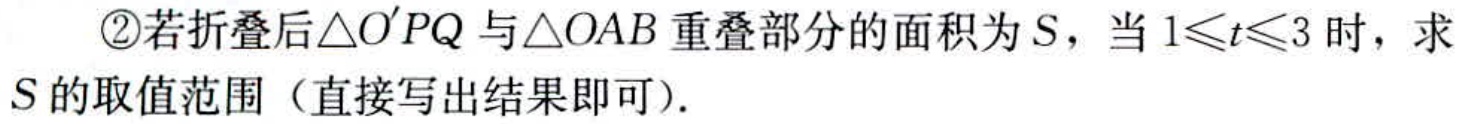
\textcircled{2}若折叠后$\triangle O'PQ$与$\triangle OAB$重叠部分的面积为$S$，当$1\leqslant t\leqslant 3$时，求$S$的取值范围（直接写出结果即可）.